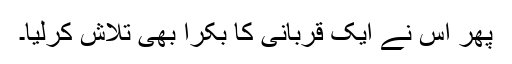
پھر اس نے ایک قربانی کا بکرا بھی تلاش کرلیا۔